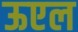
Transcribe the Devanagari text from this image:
ऊएल